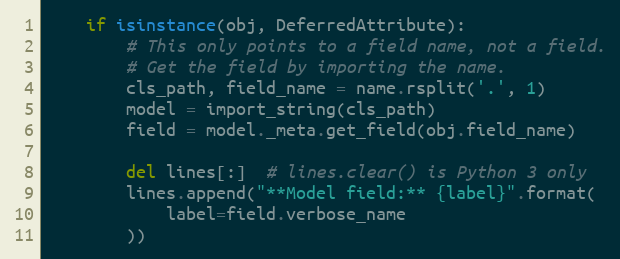
Language: Python
    if isinstance(obj, DeferredAttribute):
        # This only points to a field name, not a field.
        # Get the field by importing the name.
        cls_path, field_name = name.rsplit('.', 1)
        model = import_string(cls_path)
        field = model._meta.get_field(obj.field_name)

        del lines[:]  # lines.clear() is Python 3 only
        lines.append("**Model field:** {label}".format(
            label=field.verbose_name
        ))